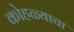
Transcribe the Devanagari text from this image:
कोहळ्याचा